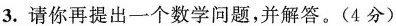
3.请你再提出一个数学问题，并解答。(4分)